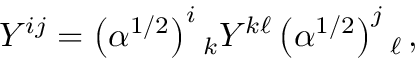
{ \cal Y } ^ { i j } = \left( \alpha ^ { 1 / 2 } \right) ^ { i } { } _ { k } { \cal Y } ^ { k \ell } \left( \alpha ^ { 1 / 2 } \right) ^ { j } { } _ { \ell } \, ,